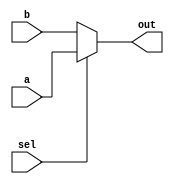
`timescale 1ns/1ns
module MUX2to1( a, b, out, sel );
    input a, b, sel;
    output out;
    
    assign out = sel ? a : b;
endmodule